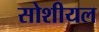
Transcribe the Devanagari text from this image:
सोशीयल